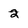
Character: 2